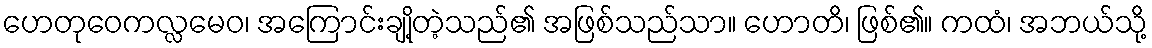
ဟေတုဝေကလ္လမေဝ၊ အကြောင်းချို့တဲ့သည်၏ အဖြစ်သည်သာ။ ဟောတိ၊ ဖြစ်၏။ ကထံ၊ အဘယ်သို့